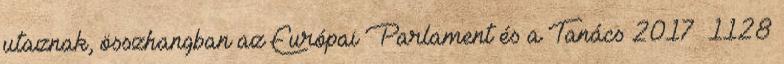
utaznak, összhangban az Európai Parlament és a Tanács 2017 1128